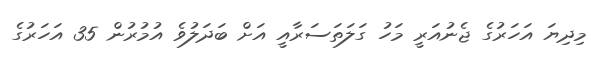
މިދިޔަ އަހަރުގެ ޖެނުއަރީ މަހު ގަލަތަސަރާއީ އަށް ބަދަލުވެ އުމުރުން 35 އަހަރުގެ